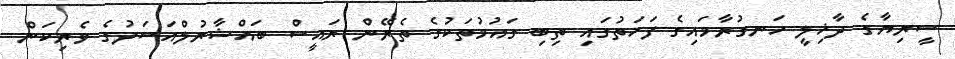
ސީރިޔާގެ ދާޚިލީ ހަނގުރާމައިގެ ފަހަތުގައި ތިބި ގައުމުތަކުގެ ތެރޭން ރައީސް ބައްޝާރުލްއަސަދުގެ ވެރިކަން